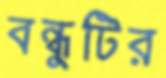
বন্ধুটির